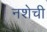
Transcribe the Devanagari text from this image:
नशेची